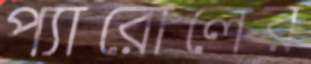
প্যারোলের